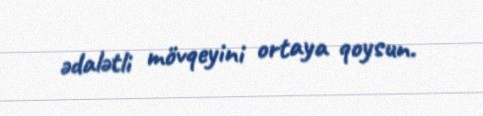
ədalətli mövqeyini ortaya qoysun.